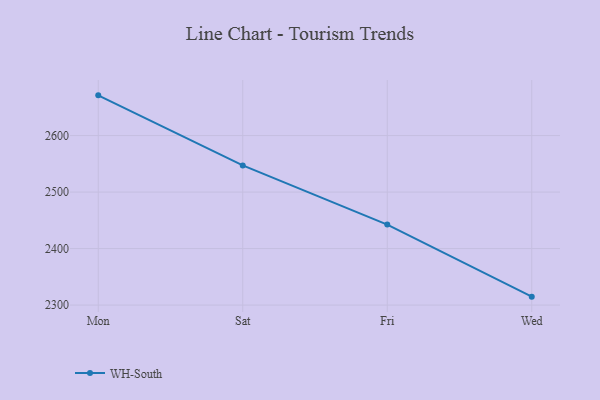
{"axis": {"x": "Day", "y": "Customer Acquisition Cost (USD)"}, "legend": ["WH-South"], "data": [{"x": "Mon", "y": 2671.2, "type": "WH-South"}, {"x": "Sat", "y": 2547.1, "type": "WH-South"}, {"x": "Fri", "y": 2442.5, "type": "WH-South"}, {"x": "Wed", "y": 2314.9, "type": "WH-South"}]}